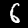
Digit: 6